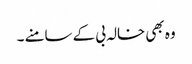
وہ بھی خالہ بی کے سامنے ۔